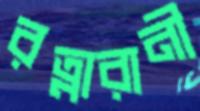
রত্নারানী